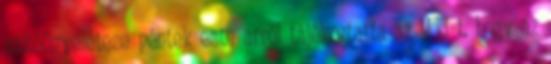
sajtóügyeletese péntek este arról tájékoztatta az MTI-t, hogy az